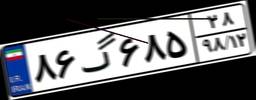
۹۱گ۶۷۱۲۹